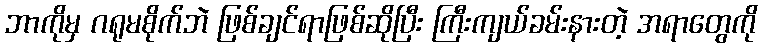
ဘာကိုမှ ဂရုမစိုက်ဘဲ ဖြစ်ချင်ရာဖြစ်ဆိုပြီး ကြီးကျယ်ခမ်းနားတဲ့ အရာတွေကို